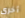
أخرى